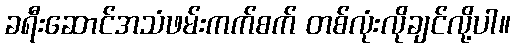
ခရီးဆောင်အသံဖမ်းကက်စက် တစ်လုံးလိုချင်လို့ပါ။